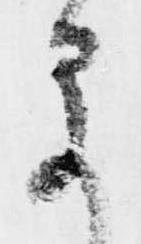
早